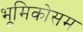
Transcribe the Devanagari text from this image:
भूमिकोसम